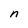
Character: n